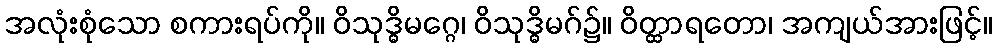
အလုံးစုံသော စကားရပ်ကို။ ဝိသုဒ္ဓိမဂ္ဂေ၊ ဝိသုဒ္ဓိမဂ်၌။ ဝိတ္ထာရတော၊ အကျယ်အားဖြင့်။